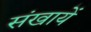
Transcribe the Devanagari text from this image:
संखायें